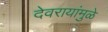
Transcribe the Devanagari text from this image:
देवरायांमुळे